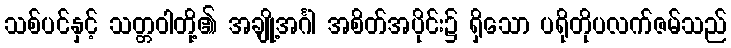
သစ်ပင်နှင့် သတ္တဝါတို့၏ အချို့အင်္ဂါ အစိတ်အပိုင်း၌ ရှိသော ပရိုတိုပလက်ဇမ်သည်